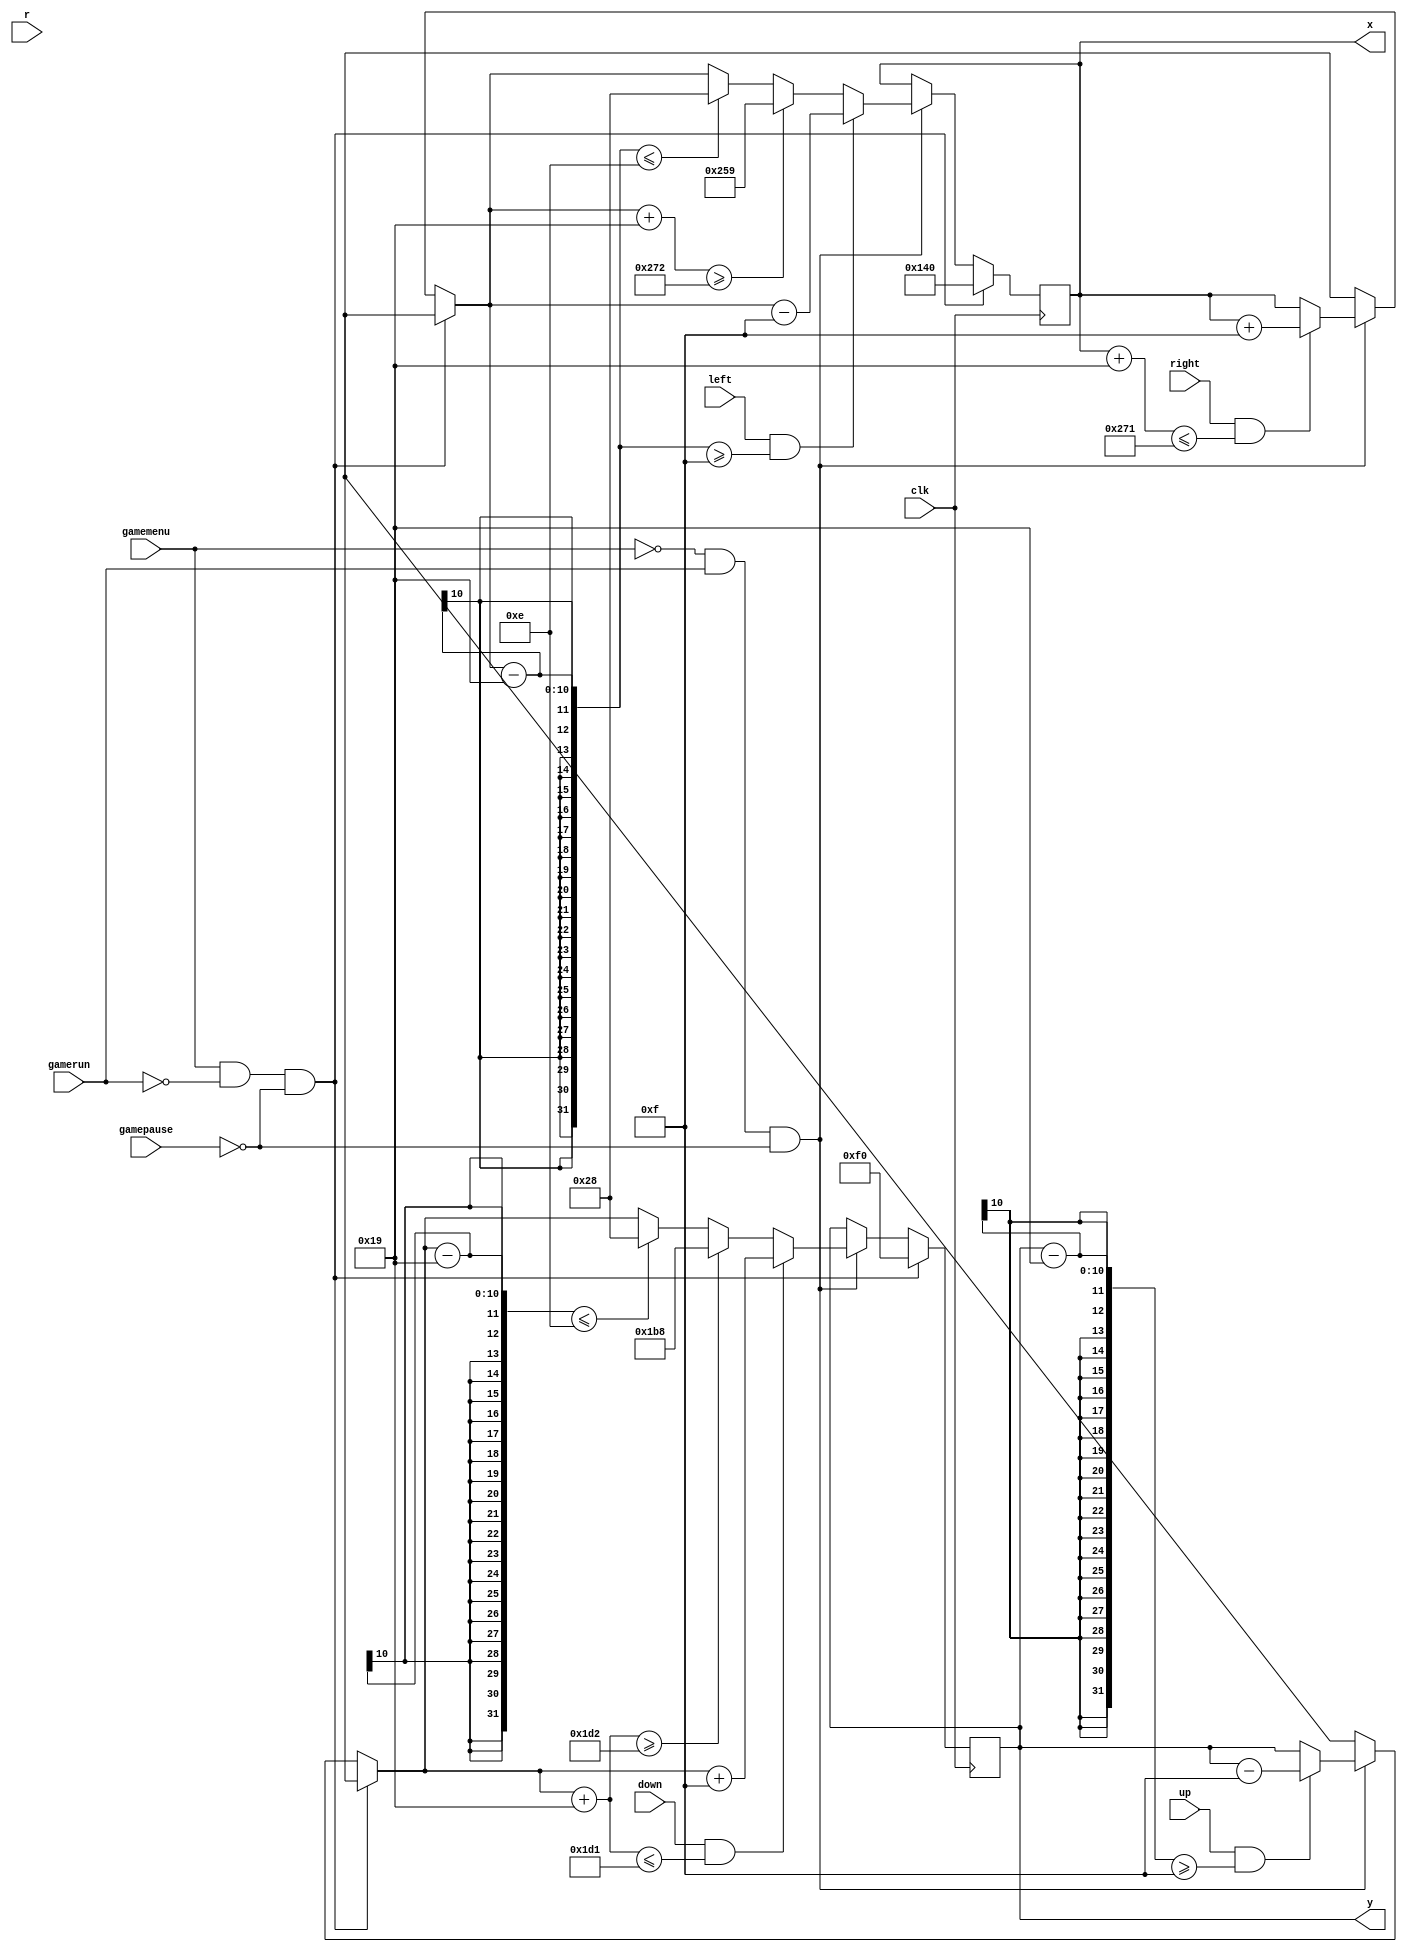
`timescale 1ns / 1ps
//////////////////////////////////////////////////////////////////////////////////
// Company: 
// Engineer: 
// 
// Design Name: 
// Module Name: player_position
// Project Name: 
// Target Devices: 
// Tool Versions: 
// Description: 
// 
// Dependencies: 
// 
// Revision:
// Revision 0.01 - File Created
// Additional Comments:
// 
//////////////////////////////////////////////////////////////////////////////////


module player_position(input up, input down, input left, input right , input [5:0] r, input clk, input gamemenu, input gamerun, input gamepause, output [9:0] x, output [9:0] y);
  reg [9:0] pos_x;
  reg [9:0] pos_y;
  always @(posedge clk) begin
    if (gamemenu == 1 && gamerun == 0 && gamepause == 0)
    begin
//        pos_x = {$random}%626 + 1;
//        pos_y = 480;
        pos_x = 320;
        pos_y = 240;
    end
    else if (gamemenu == 0 && gamerun == 1 && gamepause == 0)
    begin
        if (up == 1 && pos_y - 25 >= 15)
            pos_y = pos_y - 15;
        if(down == 1 && pos_y + 25 <= 465)
            pos_y = pos_y + 15;
        else if (pos_y + 25>=466)
				pos_y = 465 - 25;
	    else if (pos_y - 25<=14)
				pos_y = 15 + 25;
				
		if (right == 1 && pos_x + 25 <= 625)
            pos_x = pos_x + 15;
        if(left == 1 && pos_x - 25 >= 15)
            pos_x = pos_x - 15;
        else if (pos_x + 25 >=626)
				pos_x = 626 - 25;
	    else if (pos_x - 25 <=14)
				pos_x = 15 + 25;	
				
    end
  end
  assign x = pos_x;
  assign y = pos_y;
endmodule